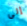
إلى